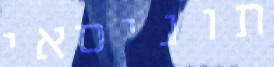
תוניסאי